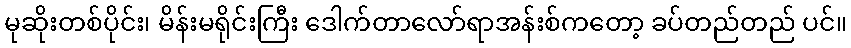
မုဆိုးတစ်ပိုင်း၊ မိန်းမရိုင်းကြီး ဒေါက်တာလော်ရာအန်းစ်ကတော့ ခပ်တည်တည် ပင်။